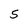
Character: 5